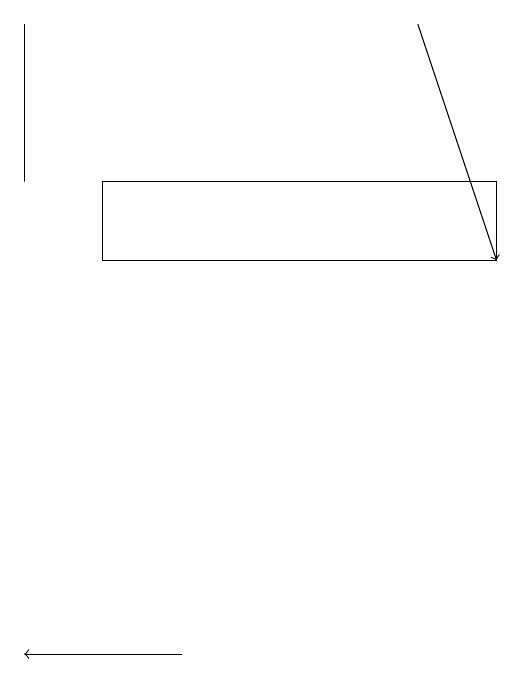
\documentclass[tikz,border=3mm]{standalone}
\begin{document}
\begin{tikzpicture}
\draw (9,17) rectangle (4,16);
\draw[->] (8,19) -- (9,16);
\draw (3,17) rectangle (3,19);
\draw[->] (5,11) -- (3,11);
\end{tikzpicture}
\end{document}